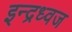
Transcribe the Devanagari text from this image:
इन्द्रध्वज